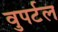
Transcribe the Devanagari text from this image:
वुपर्टल